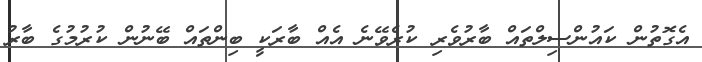
އެގޮތުން ކައުންސިލްތައް ބާރުވެރި ކުރެވޭނެ އެއް ބާރަކީ ބިންތައް ބޭނުން ކުރުމުގެ ބާރު